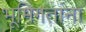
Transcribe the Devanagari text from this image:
भूमिगतांना